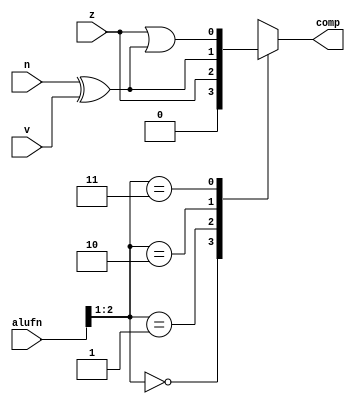
module comparator_11 (
    input [5:0] alufn,
    input z,
    input v,
    input n,
    output reg comp
  );
  
  
  
  always @* begin
    
    case (alufn[1+1-:2])
      2'h0: begin
        comp = 1'h0;
      end
      2'h1: begin
        comp = z;
      end
      2'h2: begin
        comp = n ^ v;
      end
      2'h3: begin
        comp = z | (n ^ v);
      end
      default: begin
        comp = 1'h0;
      end
    endcase
  end
endmodule